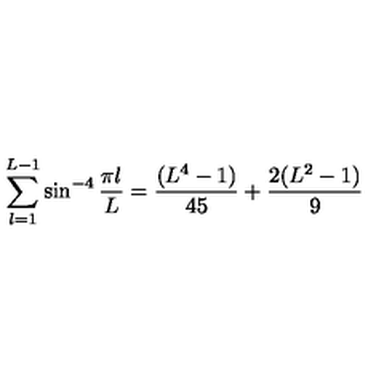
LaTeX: \sum _ { l = 1 } ^ { L - 1 } \sin ^ { - 4 } { \frac { \pi l } { L } } = { \frac { ( L ^ { 4 } - 1 ) } { 4 5 } } + { \frac { 2 ( L ^ { 2 } - 1 ) } { 9 } }